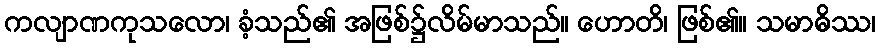
ကလျာဏကုသလော၊ ခံ့သည်၏ အဖြစ်၌လိမ်မာသည်။ ဟောတိ၊ ဖြစ်၏။ သမာဓိဿ၊